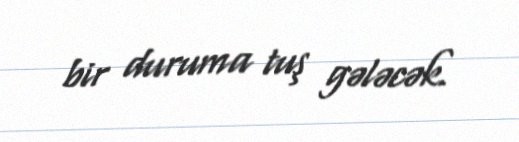
bir duruma tuş gələcək.